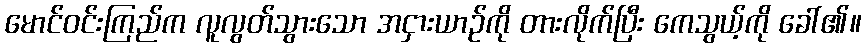
မောင်ဝင်းကြည်က လူလွတ်သွားသော အငှားယာဉ်ကို တားလိုက်ပြီး ကေသွယ့်ကို ခေါ်၏။